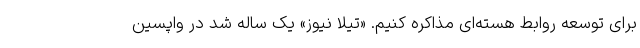
برای توسعه روابط هسته‌ای مذاکره کنیم. «تیلا نیوز» یک ساله شد در واپسین